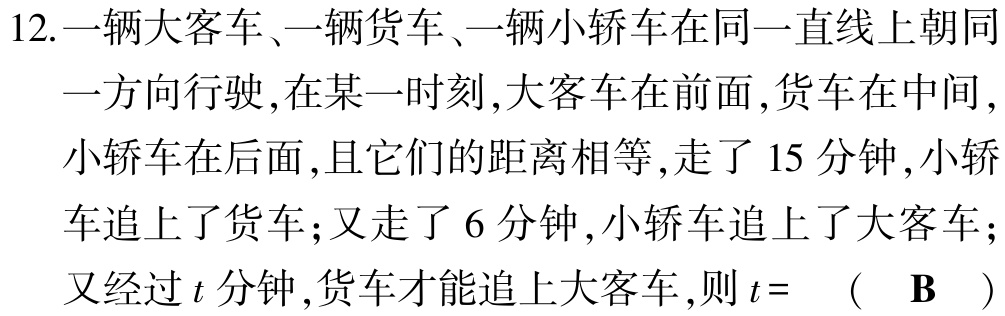
12.一辆大客车、一辆货车、一辆小轿车在同一直线上朝同一方向行驶,在某一时刻,大客车在前面,货车在中间,小轿车在后面,且它们的距离相等,走了15分钟,小轿车追上了货车;又走了6分钟,小轿车追上了大客车;又经过\(t\)分钟,货车才能追上大客车,则\(t=\) （ \(\mathbf{B}\) ）